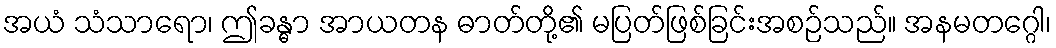
အယံ သံသာရော၊ ဤခန္ဓာ အာယတန ဓာတ်တို့၏ မပြတ်ဖြစ်ခြင်းအစဉ်သည်။ အနမတဂ္ဂေါ၊